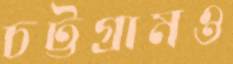
চট্টগ্রামও